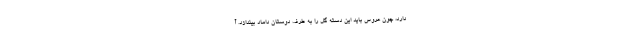
دارد، چون عروس باید این دسته گل را به طرف دوستان داماد بیندازد. آ